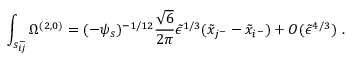
\int _ { s _ { i j } ^ { - } } \Omega ^ { ( 2 , 0 ) } = ( - \psi _ { s } ) ^ { - 1 / 1 2 } \frac { \sqrt { 6 } } { 2 \pi } \tilde { \epsilon } ^ { 1 / 3 } ( \tilde { x } _ { j ^ { - } } - \tilde { x } _ { i ^ { - } } ) + { \cal O } ( \tilde { \epsilon } ^ { 4 / 3 } ) \ .